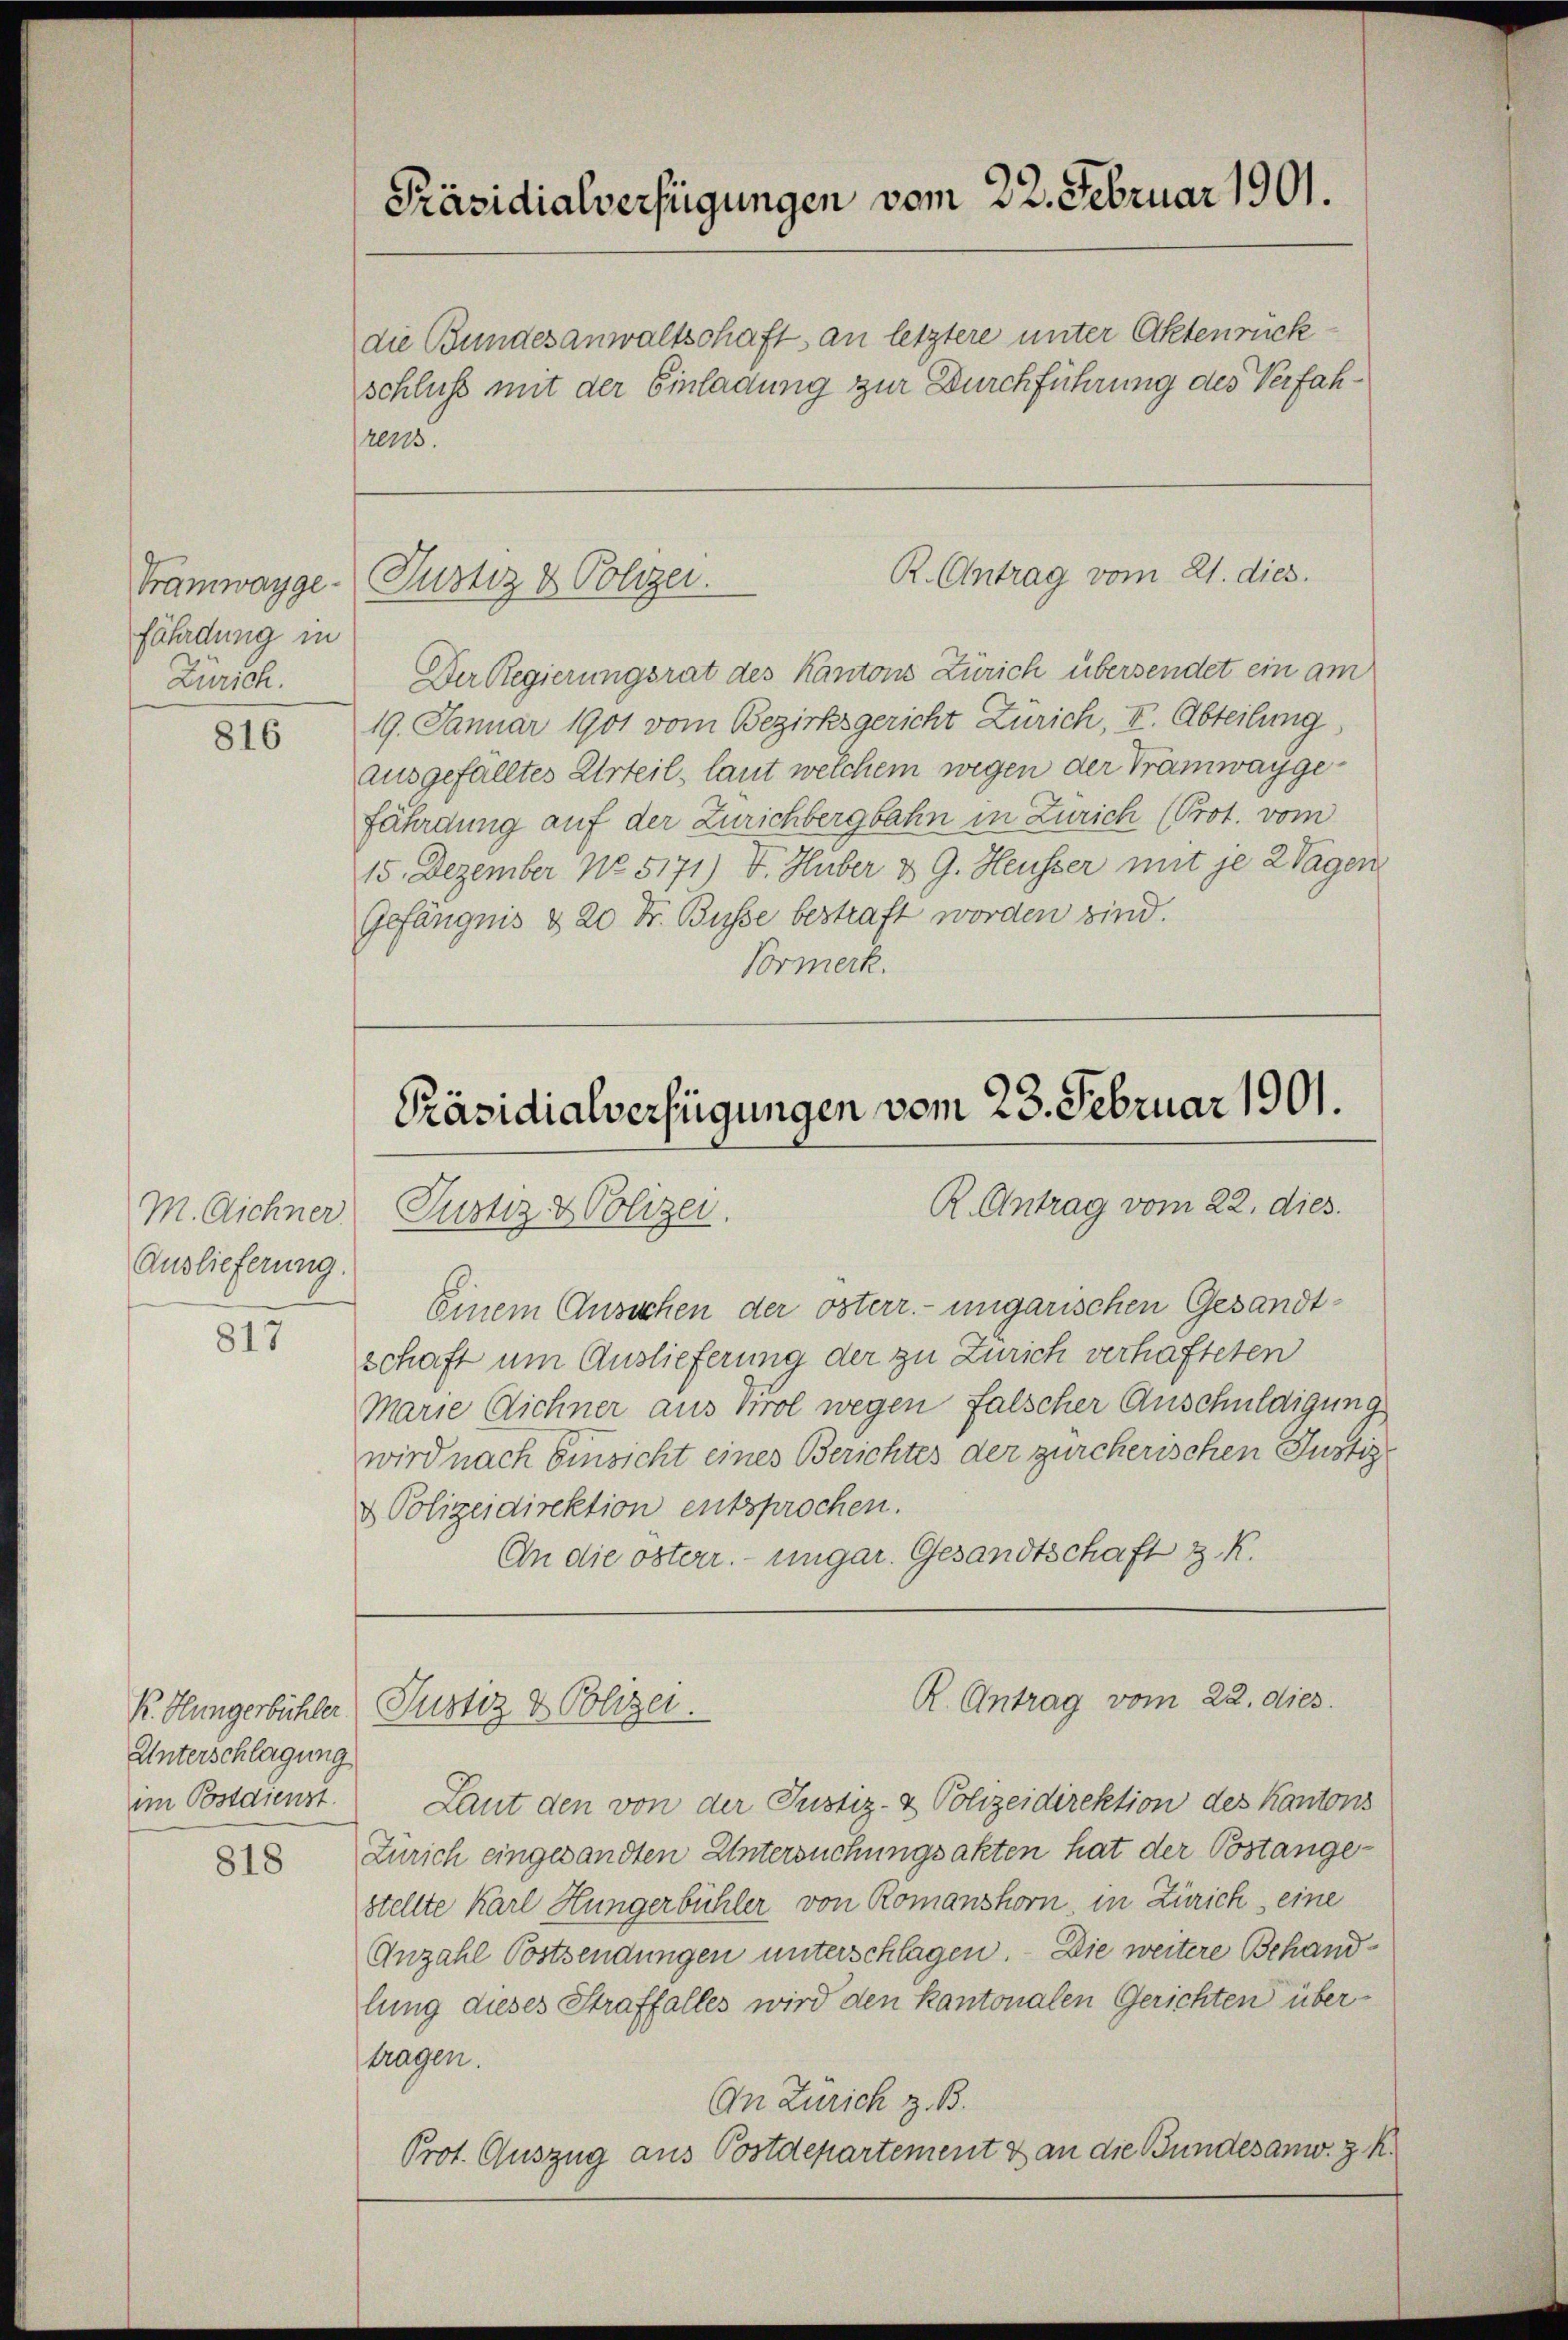
Tramwayge-
fährdung in
Zürich.

816

Auslieferung.

817

R. Hungerbüchler.
Unterschlagung
im Postdienst.

818

Präsidialverfügungen vom 22. Februar 1901.

die Bundesanwaltschaft an letztere unter Aktenrückschluss mit der Einladung zur Durchführung des Verfahrers

Der Regierungsrat des Kantons Zürich übersendet ein am
19. Januar 1901 vom Bezirksgericht Zürich, V. Abteilung
ausgefälltes Urteil, laut welchem wegen der Tramwaygefährdung auf der Zürichbergbahn in Zürich (Prot. vom
15. Dezember No 5171) V. Huber & G. Heusser mit je 2 Tagen,
Gefängnis & 20 Fr. Busse bestraft worden sind.
Vormerk.

R. Antrag vom 21. dies
Justiz & Polyer.

Präsidialverfügungen vom 23. Februar 1901.
R. Antrag vom 22. dies
M. Aichner Justiz- & Polizei.

Einem Ansichen der österr. ungarischen Gesandtschaft um Auslieferung der zu Zürich verhafteten
Marie Dichner aus Prol wegen falscher Anschuldigung
wird nach Einsicht eines Berichtes der zürcherischen Justiz-
& Polizeidirektion entsprochen.
An die österr. ungar. Gesandtschaft z. R.

Laut den von der Justiz- & Polizeidirektion des Kantons
Zürich eingesandten Untersuchungsakten hat der Postangestellte Karl Hungerbühler von Romanshorn, in Zürich, eine
Anzahl Postsendungen unterschlagen. Die weitere Behandlung dieses Straffalles wird den kantonalen Gerichten übertragen.
An Zürich z. B.
Prot. Auszug aus Postdepartement & an die Bundesanw. z. R.

R. Antrag vom 22. dies
Justiz & Polizei.